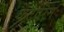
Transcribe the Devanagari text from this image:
कैटोरिन